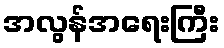
အလွန်အရေးကြီး